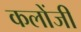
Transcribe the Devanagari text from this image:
कलोंजी